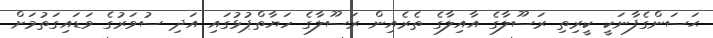
ޙަސަންގެފާނަކީ ކީރިތި ރަސޫލާގެ އާއިލާގެ ތެރެއިން ރަސޫލާގެ ހަޔާތްޕުޅުގައި އަދި ސުވަރުގެ ވަޑައިގަތުމަށް